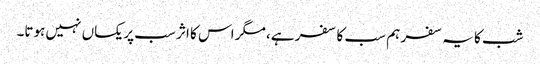
شب کا یہ سفر ہم سب کا سفر ہے، مگر اس کا اثر سب پر یکساں نہیں ہوتا۔